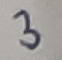
Text: 3